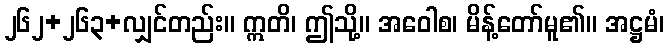
၂၆၂+၂၆၃+လျှင်တည်း။ ဣတိ၊ ဤသို့။ အဝေါစ၊ မိန့်တော်မူ၏။ အဋ္ဌမံ၊